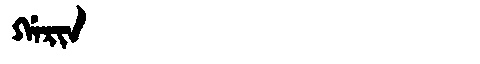
Manchu: ᡤᠠᡵᡳᠨ
Romanization: GARIN